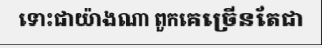
ទោះជាយ៉ាងណា ពួកគេច្រើនតែជា